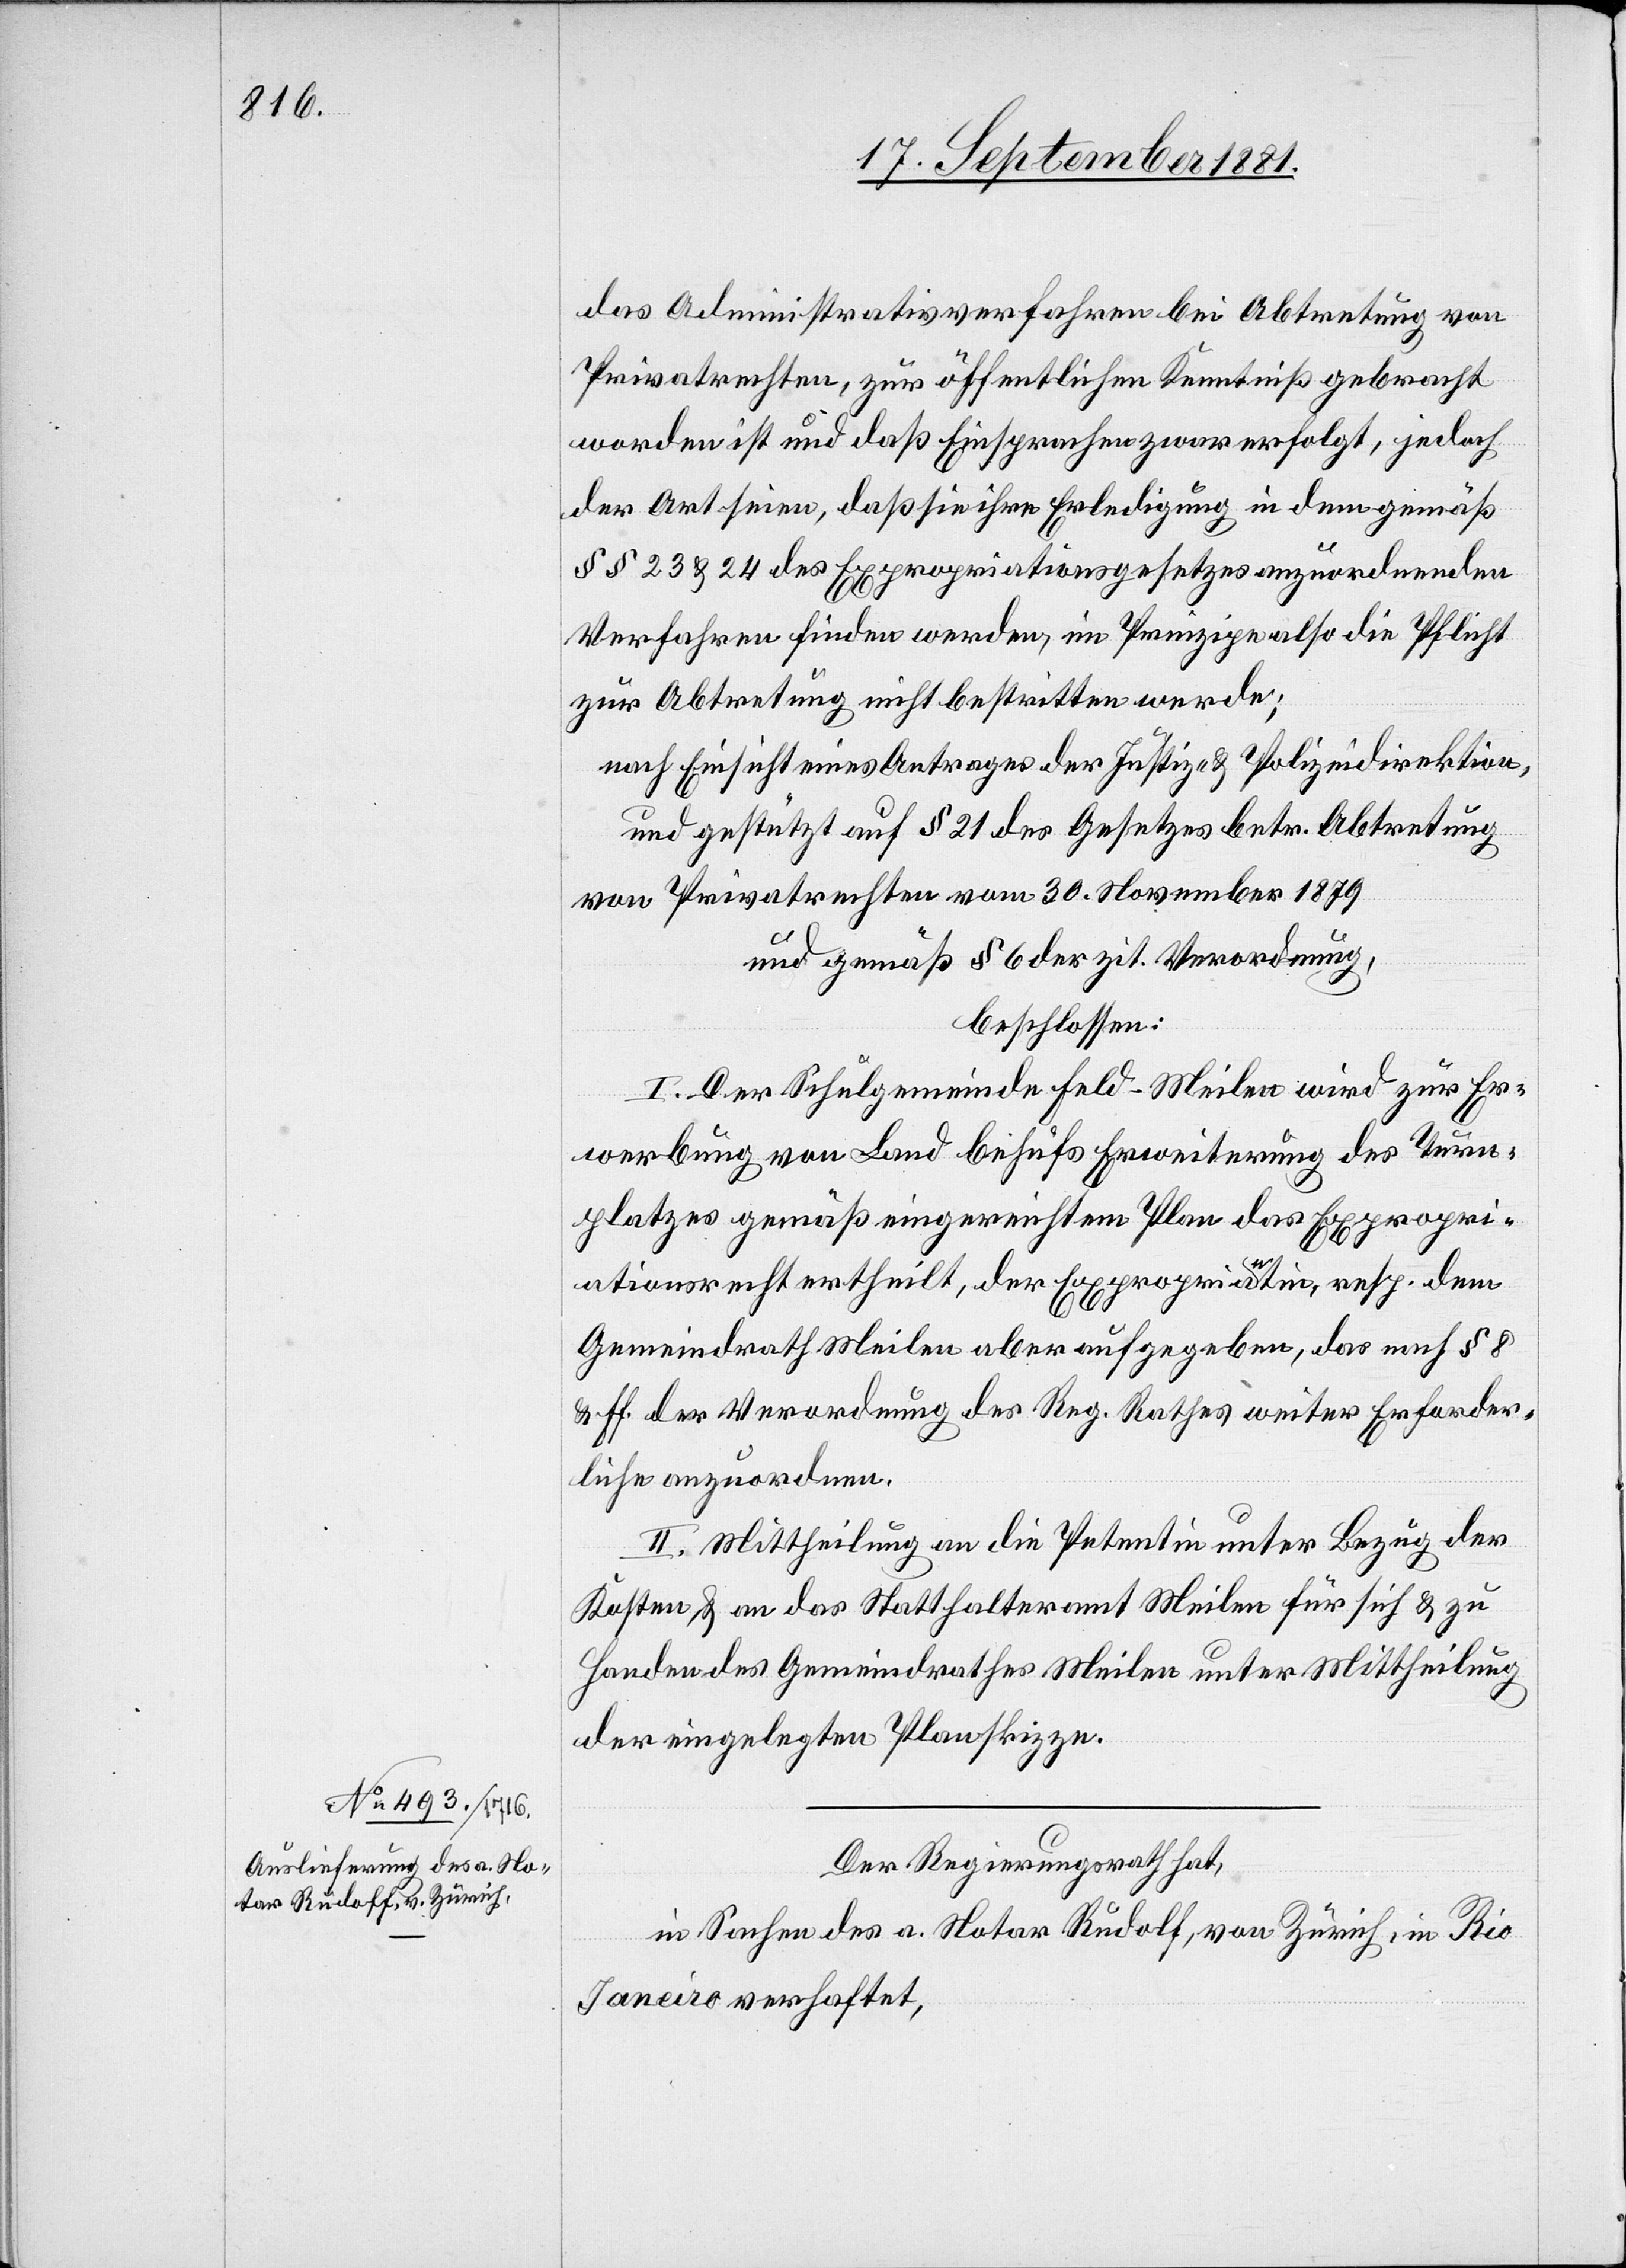
das Administrativverfahren bei Abtretung von
Privatrechten, zur öffentlichen Kenntniß gebracht
worden ist und daß Einsprachen zwar erfolgt, jedoch
der Art seien, daß sie ihre Erledigung in dem gemäß
§§ 23 & 24 des Expropriationsgesetzes anzuordnenden
Verfahren finden werden, im Prinzipe also die Pflicht
zur Abtretung nicht bestritten werde;
nach Einsicht eines Antrages der Justiz- & Polizeidirektion,
und gestützt auf § 21 des Gesetzes betr. Abtretung
von Privatrechten vom 30. November 1879
und gemäß § 6 der zit. Verordnung,
beschlossen:
I. Der Schulgemeinde Feld-Meilen wird zur Er¬
werbung von Land behufs Erweiterung des Turn¬
platzes gemäß eingereichten Plan das Expropri¬
ationsrecht ertheilt, der Expropriantin, resp. dem
Gemeindrath Meilen aber aufgegeben, das nach § 8
& ff. der Verordnung des Reg. Rathes weiter Erforder¬
liche anzuordnen.
II. Mittheilung an die Petentin unter Bezug der
Kosten & an das Statthalteramt Meilen für sich & zu
Handen des Gemeindrathes Meilen unter Mittheilung
der eingelegten Planskizzen.
Der Regierungsrath hat,
in Sachen des a. Notar Rudolf, von Zürich, in Rio
Janeiro verhaftet,